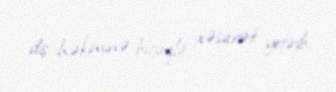
diş həkiminə bıçaqla xəsarət yetirib.